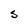
Character: S